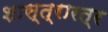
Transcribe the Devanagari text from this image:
शास्त्रारत्र